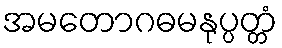
အမတောဂဓမနုပ္ပတ္တံ